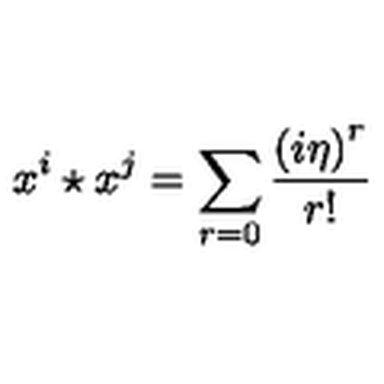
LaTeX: x ^ { i } \star x ^ { j } = \sum _ { r = 0 } \frac { \left( i \eta \right) ^ { r } } { r ! }